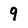
Character: 9